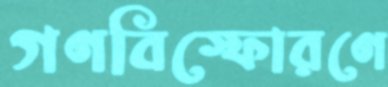
গণবিস্ফোরণে